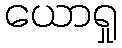
ယောရှု